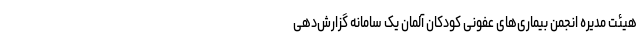
هیئت مدیره انجمن بیماری‌های عفونی کودکان آلمان یک سامانه گزارش‌دهی